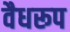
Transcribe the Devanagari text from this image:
वैधरूप